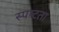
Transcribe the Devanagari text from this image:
स्‍पष्‍टता